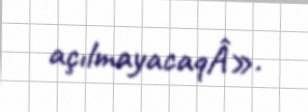
açılmayacaqÂ».